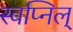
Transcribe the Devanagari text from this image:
स्वप्निल्